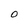
Character: 0